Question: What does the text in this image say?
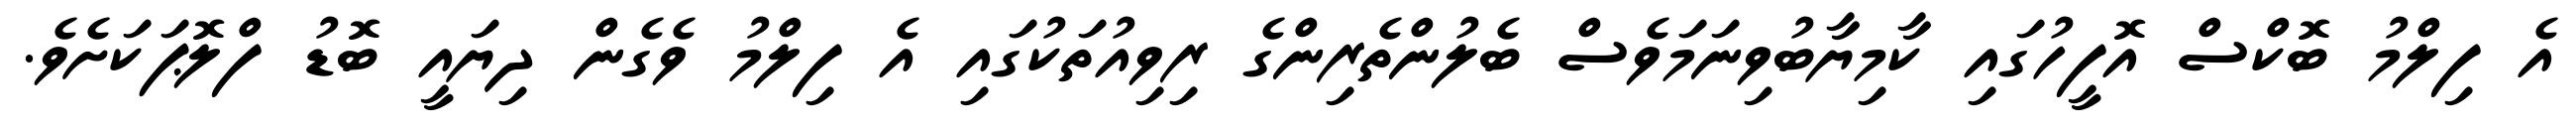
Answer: އެ ފިލްމު ބޮކްސް އޮފީހުގައި ކާމިޔާބުވިނަމަވެސް ބެލުންތެރިންގެ ރިވިއުތަކުގައި އެ ފިލްމު ވެގެން ދިޔައީ ބޮޑު ފްލޮޕަކަށެވެ.